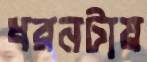
ধরনটায়